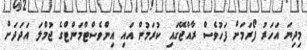
މިދިޔަ އަހަރު ފޯރަމަށް ފަހުވެސް ރާއްޖޭގައި ކުރަމުން އައި އިންވެސްޓްމަންޓްގެ ޖުމްލަ އަދަދަށް